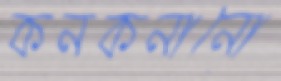
কনকনানো